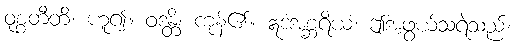
ဝုစ္စတီတိ၊ ဟူ၍။ ဝဒန္တိ၊ ကုန်၏။ ဣဒံအစ္ဆရိယံ၊ ဤအံ့ဖွယ်သရဲသည်။